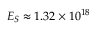
E _ { S } \approx 1 . 3 2 \times 1 0 ^ { 1 8 }